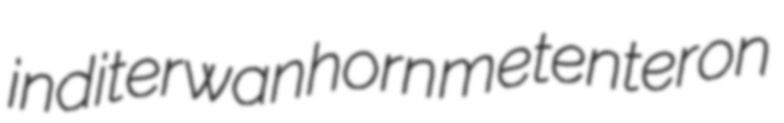
inditer wanhorn metenteron